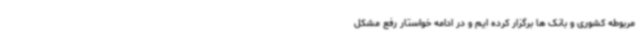
مربوطه کشوری و بانک ها برگزار کرده ایم و در ادامه خواستار رفع مشکل